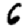
Digit: 6